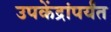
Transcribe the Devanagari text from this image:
उपकेंद्रांपर्यंत